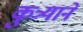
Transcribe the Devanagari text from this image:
कुत्र्याने